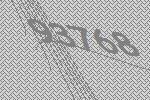
93768